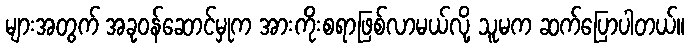
များအတွက် အခုဝန်ဆောင်မှုက အားကိုးစရာဖြစ်လာမယ်လို့ သူမက ဆက်ပြောပါတယ်။